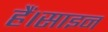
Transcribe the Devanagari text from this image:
हैं।साइन